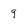
Character: 9